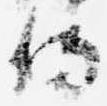
侍